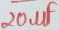
Text: 20µF